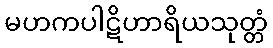
မဟကပါဋိဟာရိယသုတ္တံ